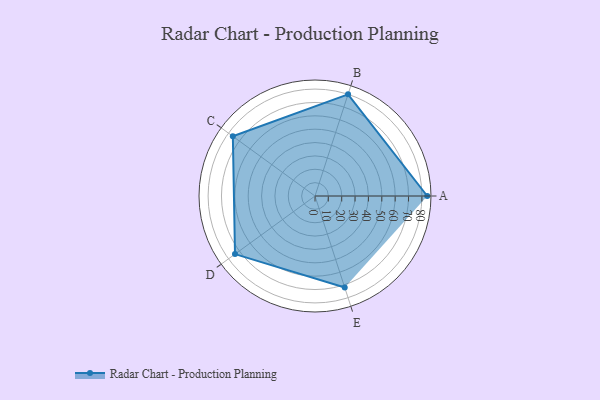
{"axis": {"x": "Skill", "y": "Score"}, "legend": ["Profile"], "data": [{"x": "A", "y": 84.0, "type": "Profile"}, {"x": "B", "y": 80.0, "type": "Profile"}, {"x": "C", "y": 76.0, "type": "Profile"}, {"x": "D", "y": 74.0, "type": "Profile"}, {"x": "E", "y": 72.0, "type": "Profile"}]}